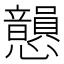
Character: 𢥫